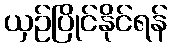
ယှဉ်ပြိုင်နိုင်ရန်